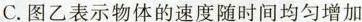
C. 图乙表示物体的速度随时间均匀增加